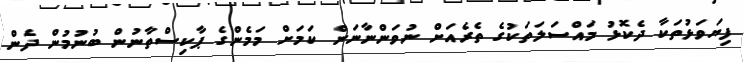
ފިޔަވަޅުތަކާ ދެކޮޅު މައްސަލަތަކުގެ ތެރެއަށް ނުވަންނާނަން ކަމަށް މަމެންގެ ޕާކިސްތާނުން ބުނުމުން ދެން